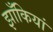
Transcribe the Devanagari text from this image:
झाँकियां